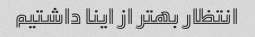
انتظار بهتر از اینا داشتیم